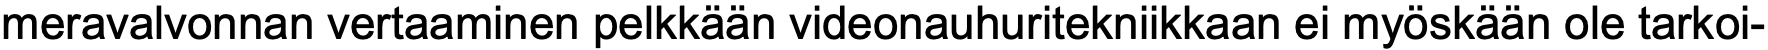
meravalvonnan vertaaminen pelkkään videonauhuritekniikkaan ei myöskään ole tarkoi-